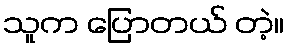
သူက ပြောတယ် တဲ့။